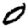
Digit: 0